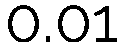
0.01